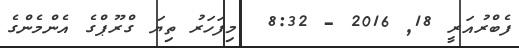
ފެބްރުއަރީ 18